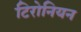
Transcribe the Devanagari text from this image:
टिरोनियन